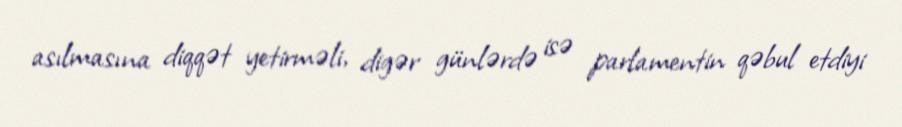
asılmasına diqqət yetirməli, digər günlərdə isə parlamentin qəbul etdiyi